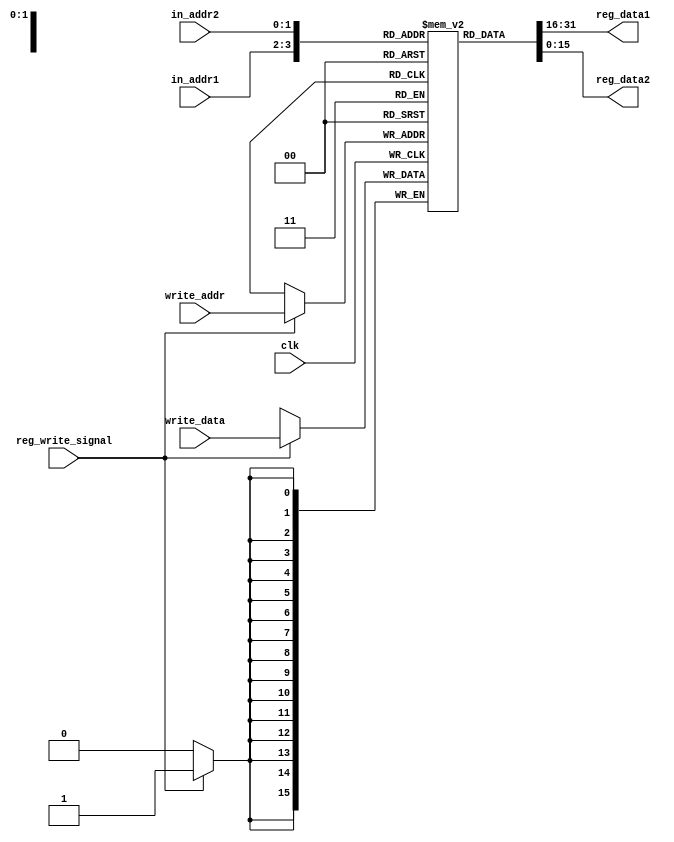
module RegisterFile(in_addr1, in_addr2,
                     write_addr, write_data,
                     reg_write_signal, clk,

                     reg_data1, reg_data2); 
    output [15:0] reg_data1;
    output [15:0] reg_data2;

    input [1:0] in_addr1;
    input [1:0] in_addr2;
    input [1:0] write_addr;
    input [15:0] write_data;

    input reg_write_signal;
    input clk;

    reg [15:0] registers [3:0];

    initial begin
        registers[0] = 0;
        registers[1] = 0;
        registers[2] = 0;
        registers[3] = 0;
    end

    assign reg_data1 = registers[in_addr1];
    assign reg_data2 = registers[in_addr2];


    always @(posedge clk) begin
        if (reg_write_signal) begin
            registers[write_addr] <= write_data;
        end
    end

endmodule